Annual report on the mental hospital in the Central Provinces and Berar (Nagpur) - 1927-1951
Year: 1927
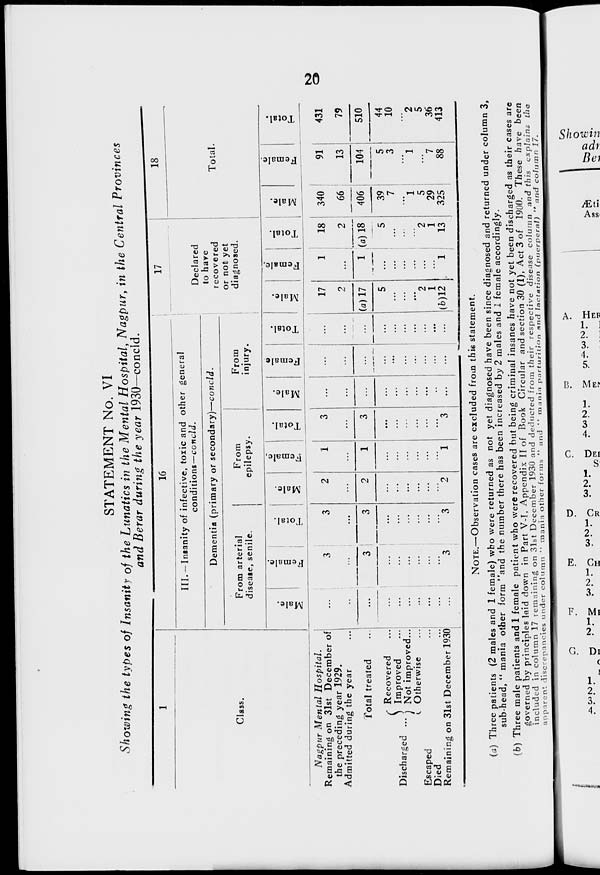
20
STATEMENT No. VI
Showing the types of Insanity of the Lunatics in the Mental Hospital, Nagpur, in the Central Provinces
and Berar during the year 1930—concld.
1
Class.
Nagpur Mental
Hospital.
Remaining on 31st December of
the preceding year 1929.
Admitted during the year ...
Total treated ...
Discharged ...
Recovered ...
Improved ...
Not improved ...
Otherwise ...
Escaped ...
Died ...
Remaining on 31st December 1930
16
III.— Insanity of infective, toxic and other general
conditions—concld.
Dementia (primary or secondary)—concld.
From arterial
disease, senile.
Male.
...
...
...
...
...
...
...
...
...
...
Female.
3
...
3
...
...
...
...
...
...
3
Total.
3
...
3
...
...
...
...
...
...
3
From
epilepsy.
Male.
2
...
2
...
...
...
...
...
...
2
Female.
1
...
1
...
...
...
...
...
...
1
Total.
3
...
3
...
...
...
...
...
...
3
From
injury.
Male.
...
...
...
...
...
...
...
...
...
...
Female
...
...
...
...
...
...
...
...
...
...
Total.
...
...
...
...
...
...
...
...
...
...
17
Declared
to have
recovered
or not yet
diagnosed.
Male.
17
2
(a) 17
5
...
...
...
2
1
(b)12
Female.
1
...
1
...
...
...
...
...
...
1
Total.
18
2
(a) 17
5
...
...
...
2
1
13
18
Total.
Male.
340
66
406
39
7
...
1
5
29
325
Female.
91
13
104
5
3
...
1
...
7
88
Total.
431
79
510
44
10
...
2
5
36
413
NOTE.—Observation cases are excluded from this statement.
(a) Three patients (2 males and 1 female) who were returned as not yet diagnosed have been since diagnosed and returned under column 3,
sub-head, " mania other form "and the number there has been increased by 2 males and 1 female accordingly.
(b) Three male patients and 1 female patient who were recovered but being criminal insanes have not yet been discharged as their cases are
governed by principles laid down in Part V-I, Appendix II of Book Circular and section 30 (1), Act 3 of 1900. These have been
included in column 17 remaining on 31st December 1930 and deducted from their respective disease column and this explains
the
apparent discrepancies under column " mania other forms" and " mania parturition
and lactation
(puerperal)
" and column
17.